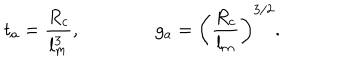
t _ { a } = { \frac { R _ { c } } { l _ { m } ^ { 3 } } } , \qquad \qquad g _ { a } = \left( { \frac { R _ { c } } { l _ { m } } } \right) ^ { 3 / 2 } .